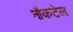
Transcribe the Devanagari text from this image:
नौकटेल